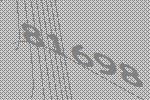
81698